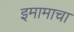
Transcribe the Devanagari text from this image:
इमामाचा